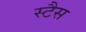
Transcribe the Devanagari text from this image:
स्टैस